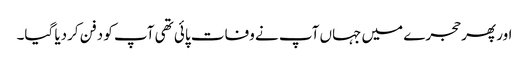
اور پھر حجرے میں جہاں آپ نے وفات پائی تھی آپ کو دفن کردیا گیا۔